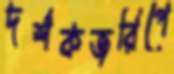
দর্শকজরিপে